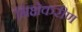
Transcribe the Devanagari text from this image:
भिक्षेकरीण